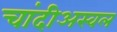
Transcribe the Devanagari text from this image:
चांदीअस्वल